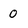
Character: 0